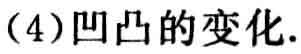
（4）凹凸的变化.